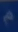
p